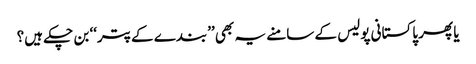
یا پھر پاکستانی پولیس کے سامنے یہ بھی ’’بندے کے پتر‘‘ بن چکے ہیں؟